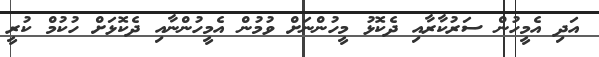
އަދި އެމީހުން ސަރުކާރާއި ދެކޮޅު މީހުންނަށް ވުމުން އެމީހުންނާއި ދެކޮޅަށް ހުކުމް ކުރީ